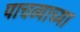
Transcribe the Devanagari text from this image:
पाचव्याच्या